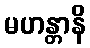
မဟန္တာနိ